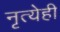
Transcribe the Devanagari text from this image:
नृत्येही